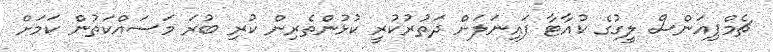
ޗެމްޕިއަންސް ލީގުގެ ކުއާޓާ ފައިނަލަށް ދަތުރުކުރީ ކުޅުންތެރިން ކުރި ބުރަ މަސައްކަތުން ކަމަށް